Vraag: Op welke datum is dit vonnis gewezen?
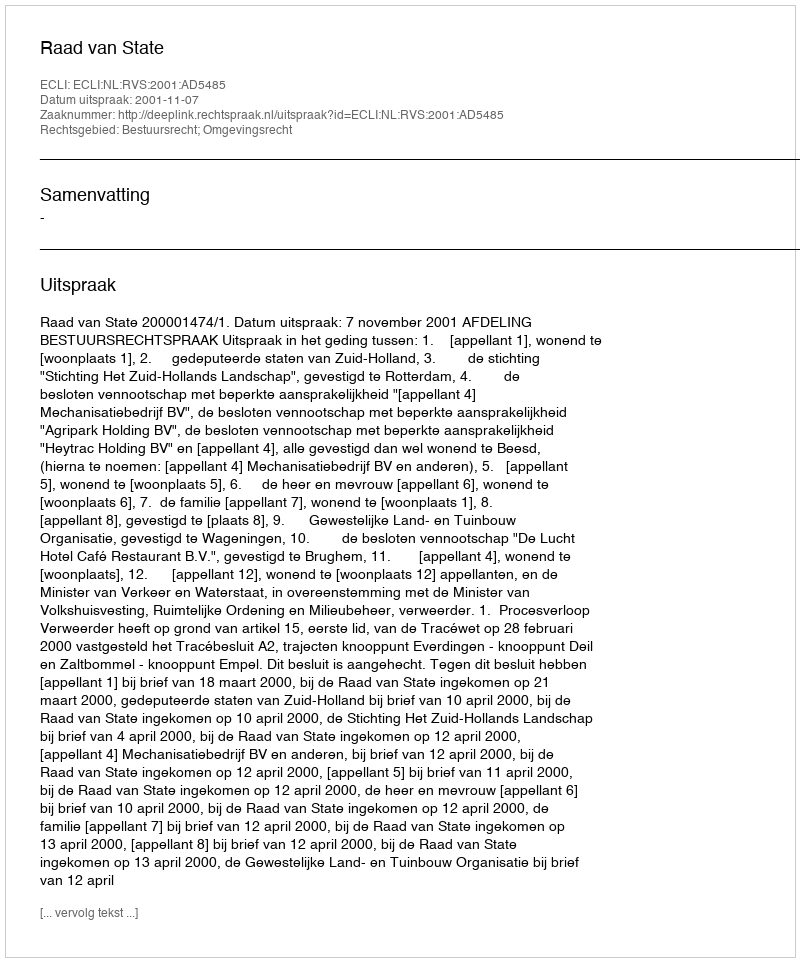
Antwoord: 2001-11-07